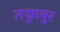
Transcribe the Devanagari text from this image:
तञ्जावुर